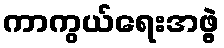
ကာကွယ်ရေးအဖွဲ့